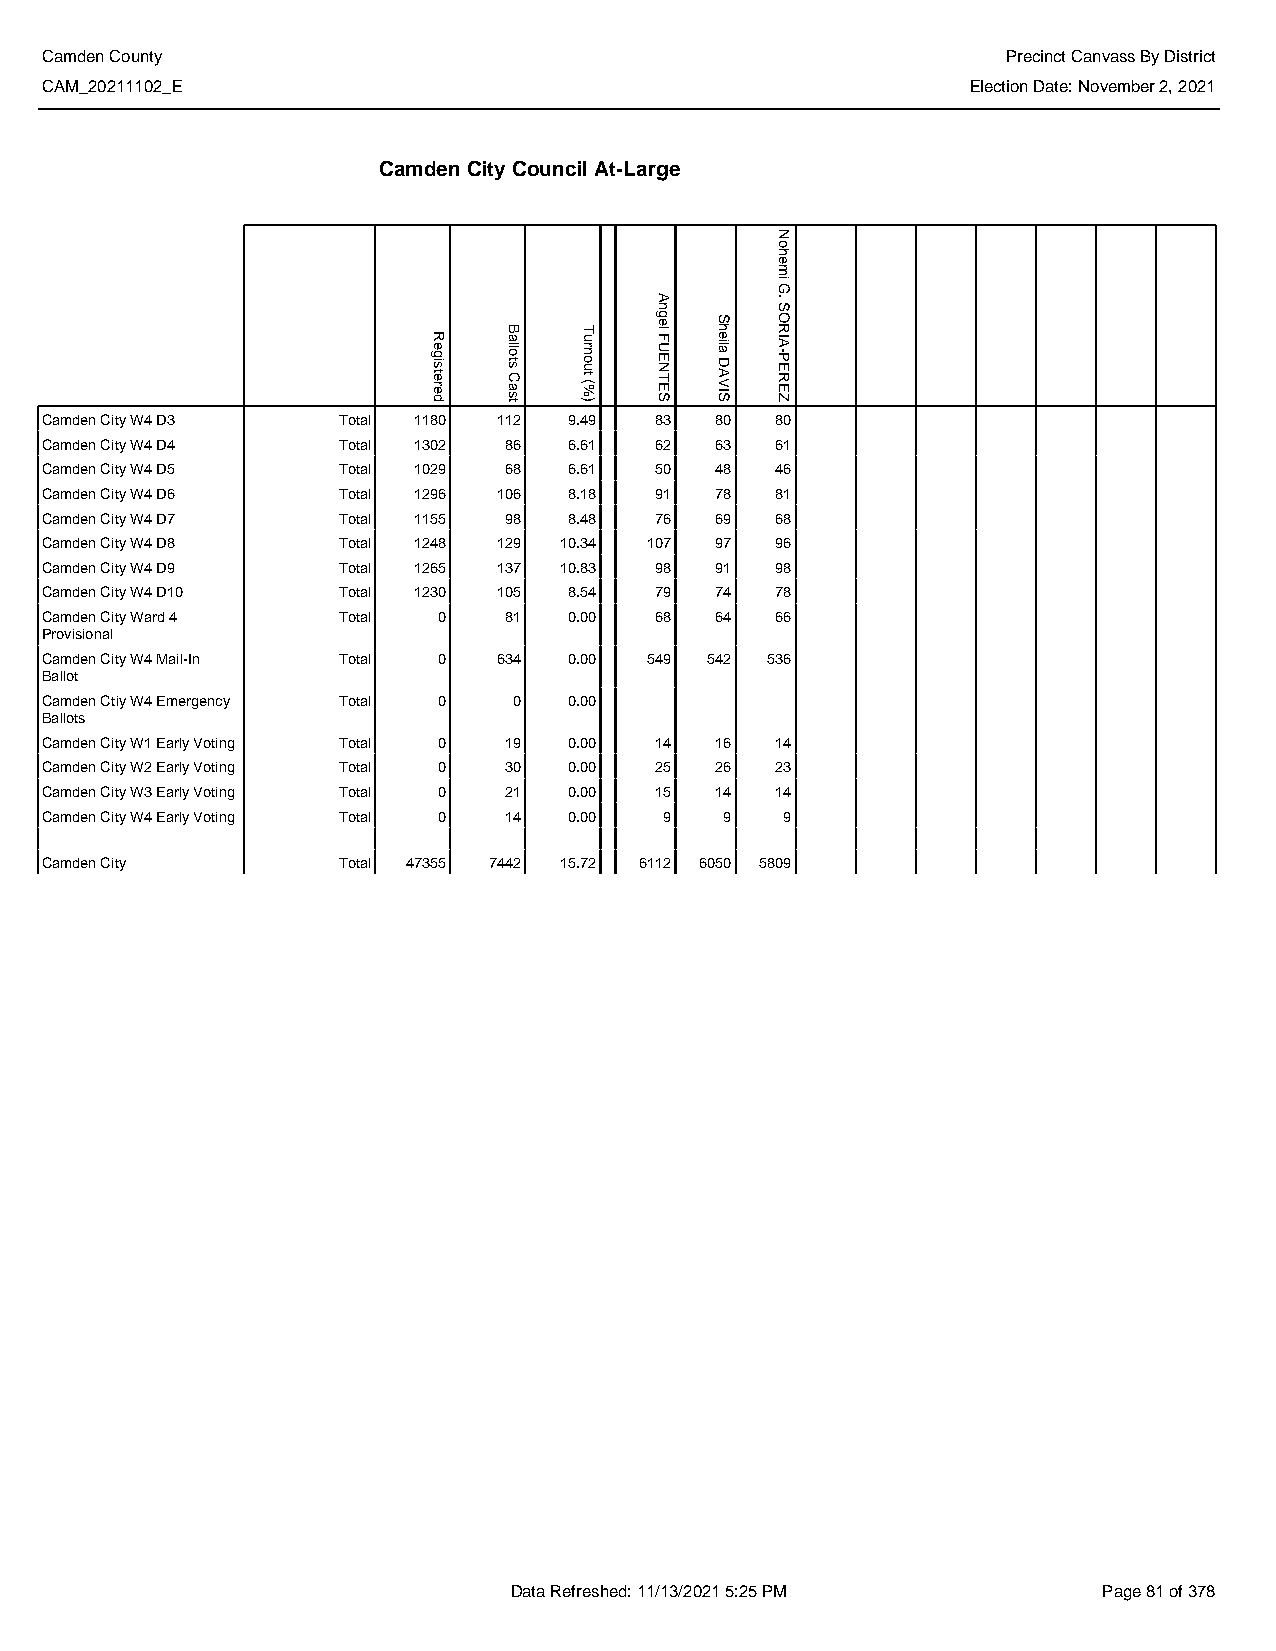
Camden County                                                   Precinct Canvass By District
 CAM_20211102_E                                               Election Date: November 2, 2021
 Camden City Council At-Large
 Camden City W4 D3  Total 1180 112  9.49 83  80  80
 Camden City W4 D4  Total 1302 86   6.61 62  63  61
 Camden City W4 D5  Total 1029 68   6.61 50  48  46
 Camden City W4 D6  Total 1296 106  8.18 91  78  81
 Camden City W4 D7  Total 1155 98   8.48 76  69  68
 Camden City W4 D8  Total 1248 129 10.34 107 97  96
 Camden City W4 D9  Total 1265 137 10.83 98  91  98
 Camden City W4 D10 Total 1230 105  8.54 79  74  78
 Camden City Ward 4 Total  0   81   0.00 68  64  66
 Provisional
 Camden City W4 Mail-In Total 0 634 0.00 549 542 536
 Ballot
 Camden Ctiy W4 Emergency Total 0 0 0.00
 Ballots
 Camden City W1 Early Voting Total 0 19 0.00 14 16 14
 Camden City W2 Early Voting Total 0 30 0.00 25 26 23
 Camden City W3 Early Voting Total 0 21 0.00 15 14 14
 Camden City W4 Early Voting Total 0 14 0.00 9 9  9
 Camden City        Total 47355 7442 15.72 6112 6050 5809
 Data Refreshed: 11/13/2021 5:25 PM     Page 81 of 378
 Registered
 Ballots
 Cast
 Turnout
 (%)
 Angel
 FUENTES
 Sheila
 DAVIS
 Nohemi
 G.
 SORIA-PEREZ